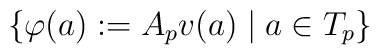
\{ \varphi(a):= A_p v(a) \; | \; a \in T_p \}